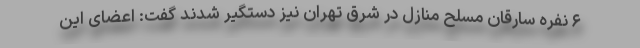
۶ نفره سارقان مسلح منازل در شرق تهران نیز دستگیر شدند گفت: اعضای این